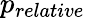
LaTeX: p_{relative}